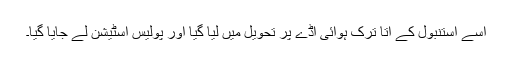
اسے استنبول کے اتا ترک ہوائی اڈے پر تحویل میں لیا گیا اور پولیس اسٹیشن لے جایا گیا۔